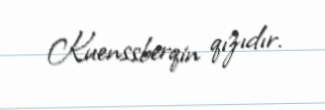
Kuenssberqin qızıdır.